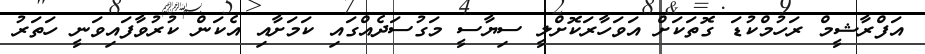
އަފްރާޝީމް ރަހުމްކުޑަ ގޮތަކަށް އަވަހާރަކޮށްލީ ސިޔާސީ މަގުސަދެއްގައި ކަމަށާއި އެކަން ކުރުވާފައިވަނީ ހަތަރު